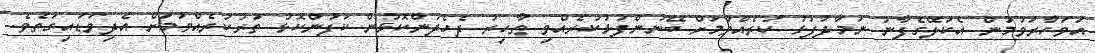
އަވަހާރަވުމުން އެކަލޭގެފާނު ނަމާދުފުޅު ކުރެއްވުމަށް ބޭނުންފުޅުކުރެއްވި ޠާހިރު ދެހެދުންކޮޅުން ކަފުންކޮޅު ތުރުކުރެއްވުމަށް އެދިވަޑައިގަތެވެ.